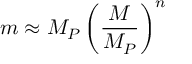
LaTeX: m \approx M _ { P } \left( \frac { M } { M _ { P } } \right) ^ { n }